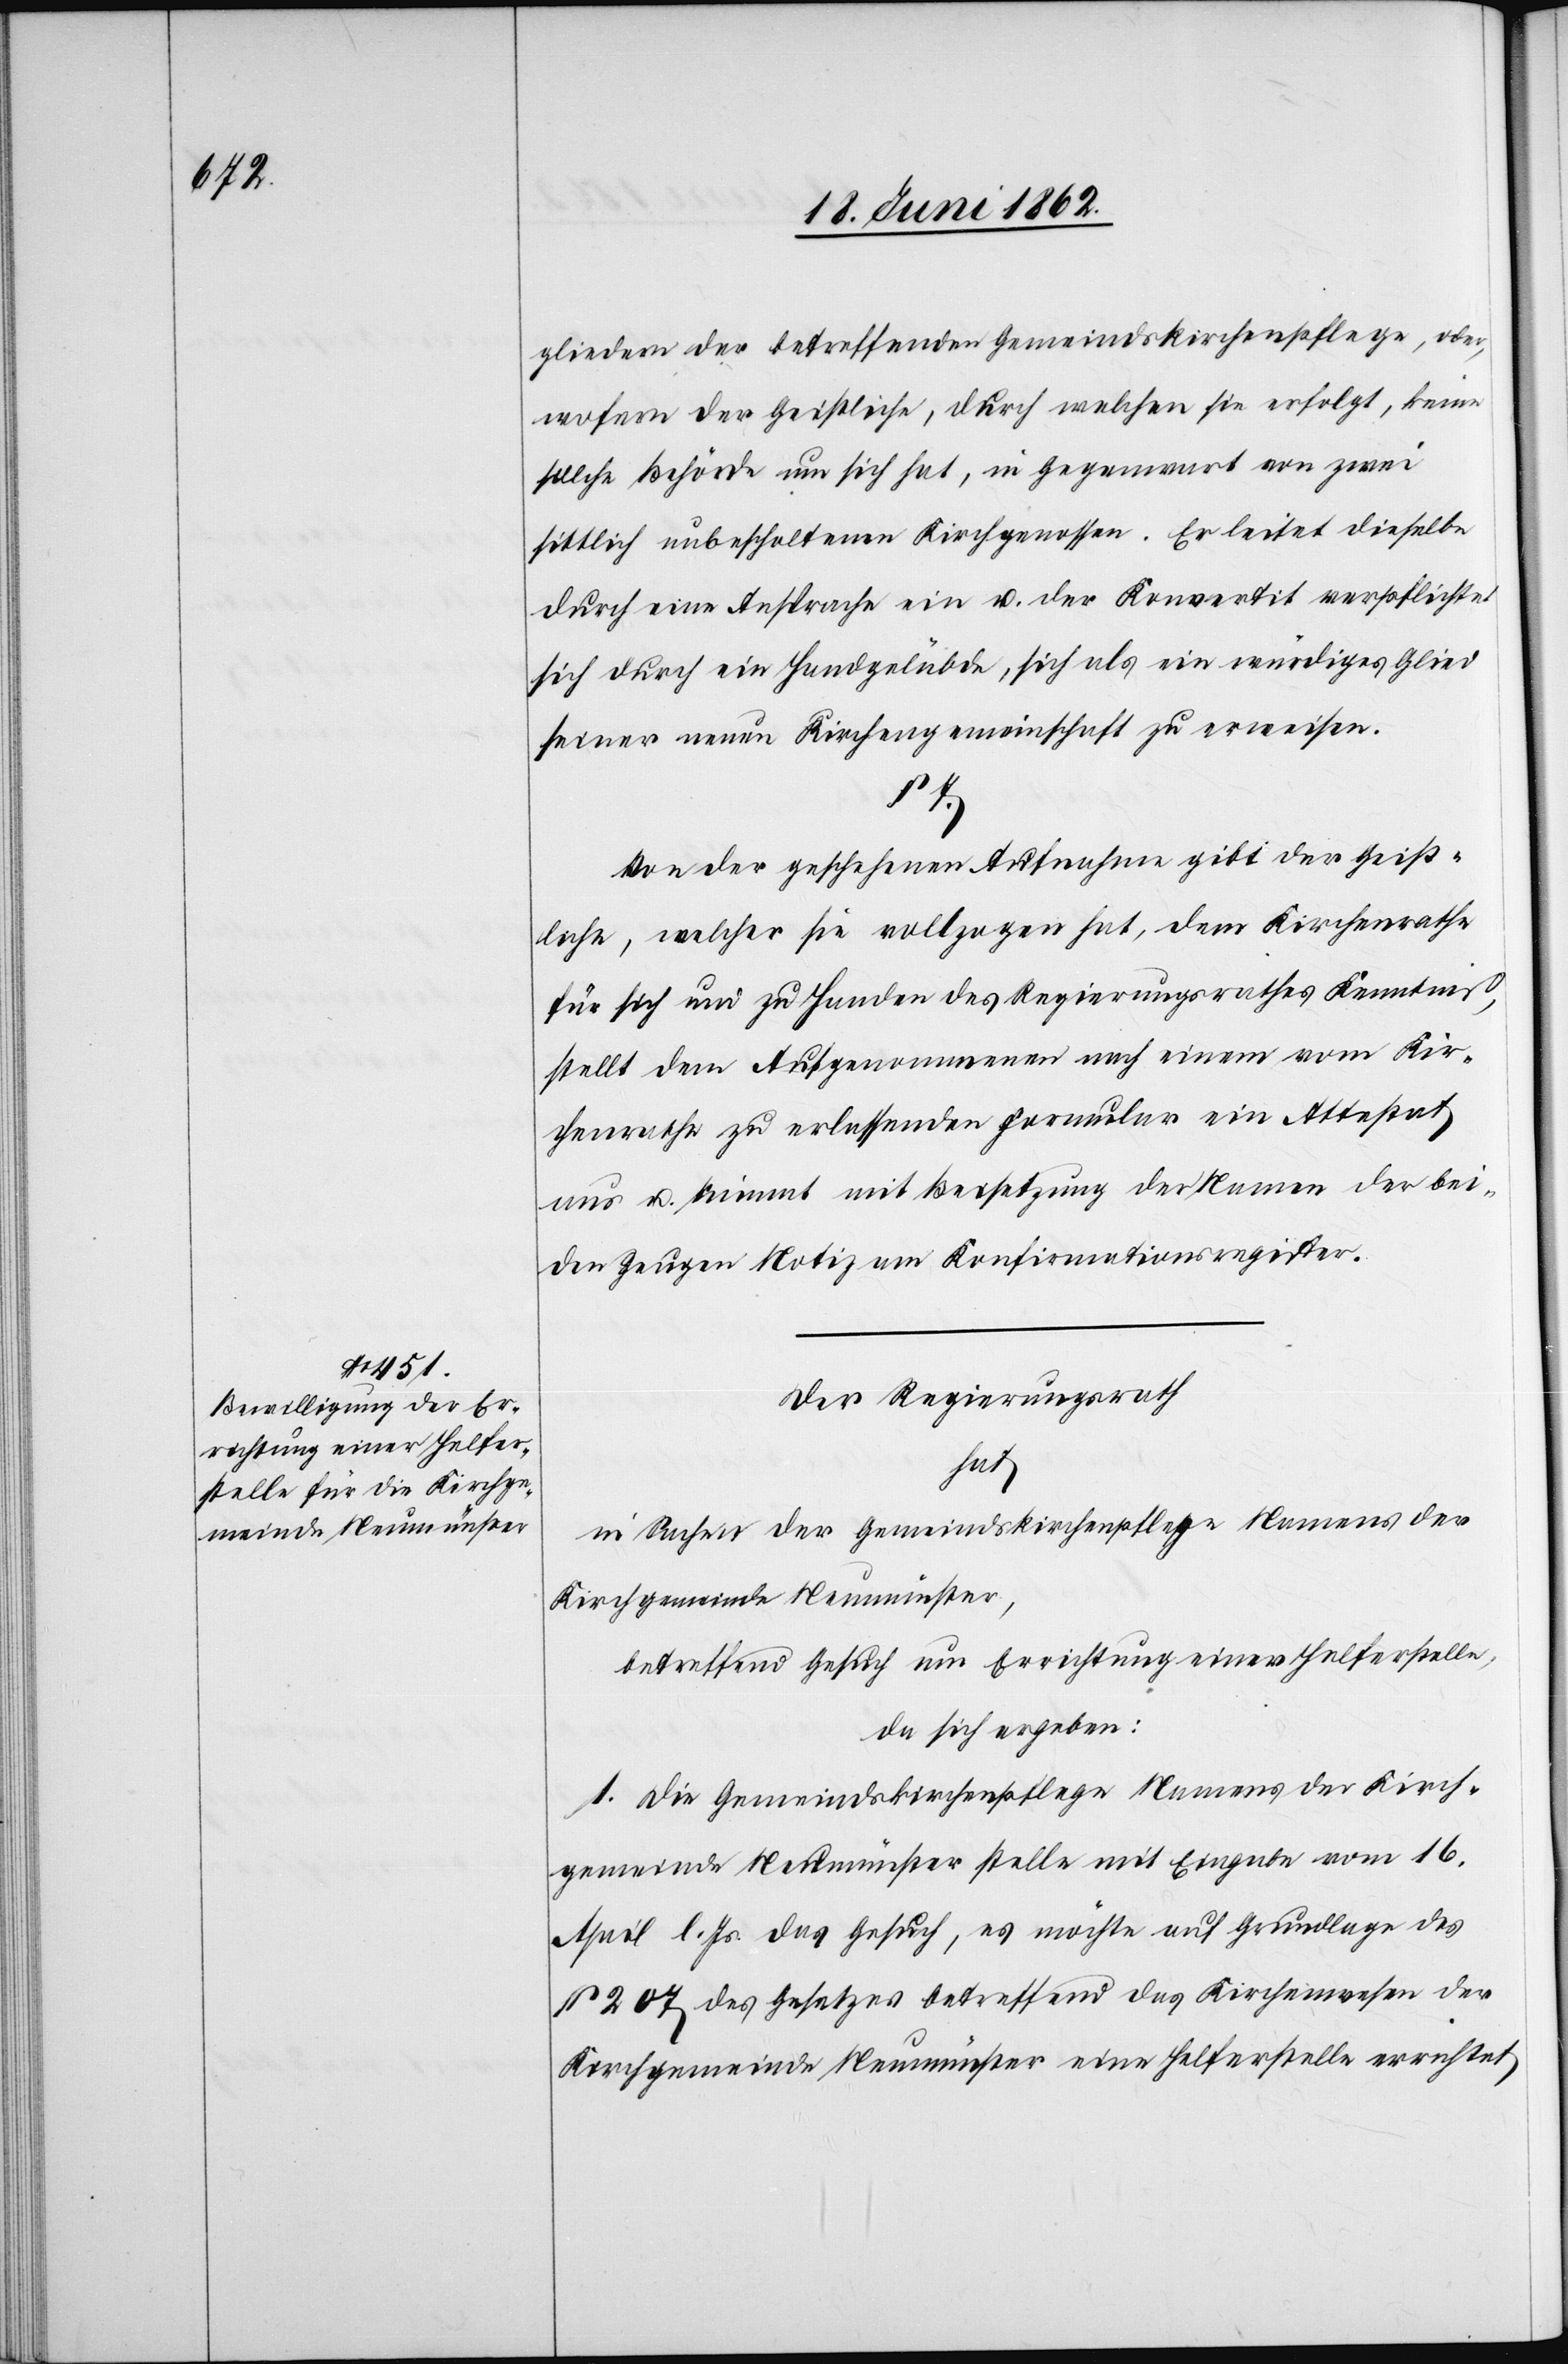
gliedern der betreffenden Gemeindskirchenpflege, oder,
wofern der Geistliche, durch welchen sie erfolgt, keine
solche Behörde um sich hat, in Gegenwart von zwei
sittlich unbescholtenen Kirchgenossen. Erleitet dieselbe
durch eine Ansprache ein u. der Konvertit verpflichtet
sich durch ein Handgelübde, sich als ein würdiges Glied
seiner neuen Kirchengemeinschaft zu erweisen.
§ 7.
Von der geschehenen Aufnahme gibt der Geist¬
liche, welcher sie vollzogen hat, dem Kirchenrathe
für sich und zu Handen des Regierungsrathes Kenntniß,
stellt dem Aufgenommenen nach einem vom Kir¬
chenrathe zu erlassenden Formular ein Attestat
aus u. nimmt mit Beisetzung der Namen der bei¬
den Zeugen Notiz am Konfirmationsregister.
Der Regierungsrath
hat
in Sachen der Gemeindskirchenpflege Namens der
Kirchgemeinde Neumünster,
betreffend Gesuch um Errichtung einer Helferstelle,
da sich ergeben:
1. Die Gemeindskirchenpflege Namens der Kirch¬
gemeinde Neumünster stellte mit Eingabe vom 16.
April l. Js. das Gesuch, es möchte auf Grundlage des
§ 207 des Gesetzes betreffend das Kirchenwesen der
Kirchgemeinde Neumünster eine Helferstelle errichtet